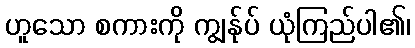
ဟူသော စကားကို ကျွန်ုပ် ယုံကြည်ပါ၏၊